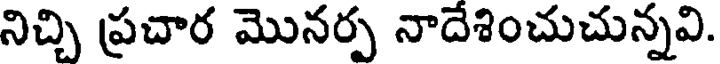
నిచ్చి ప్రచార మొనర్ప నాదేశించుచున్నవి.